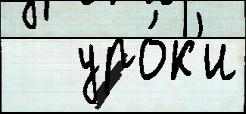
   уро́к'и